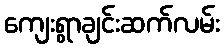
ကျေးရွာချင်းဆက်လမ်း